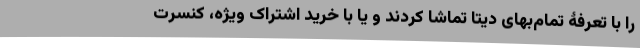
را با تعرفۀ تمام‌بهای دیتا تماشا کردند و یا با خرید اشتراک ویژه، کنسرت